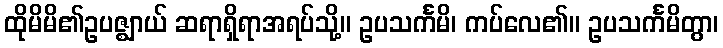
ထိုမိမိ၏ဥပဇ္ဈာယ် ဆရာရှိရာအရပ်သို့။ ဥပသင်္ကမိ၊ ကပ်လေ၏။ ဥပသင်္ကမိတွာ၊